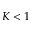
K < 1